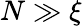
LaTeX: N\gg\xi